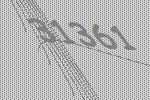
31361